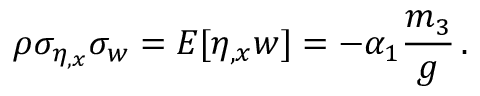
\rho \sigma _ { \eta _ { , x } } \sigma _ { w } = E [ \eta _ { , x } w ] = - \alpha _ { 1 } \frac { m _ { 3 } } { g } \, .